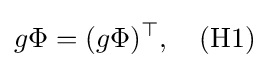
g\Phi =(g\Phi )^{\top },\quad {\mbox{(H1)}}